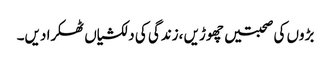
بڑوں کی صحبتیں چھوڑیں ،زندگی کی دلکشیاں ٹھکرا دیں۔